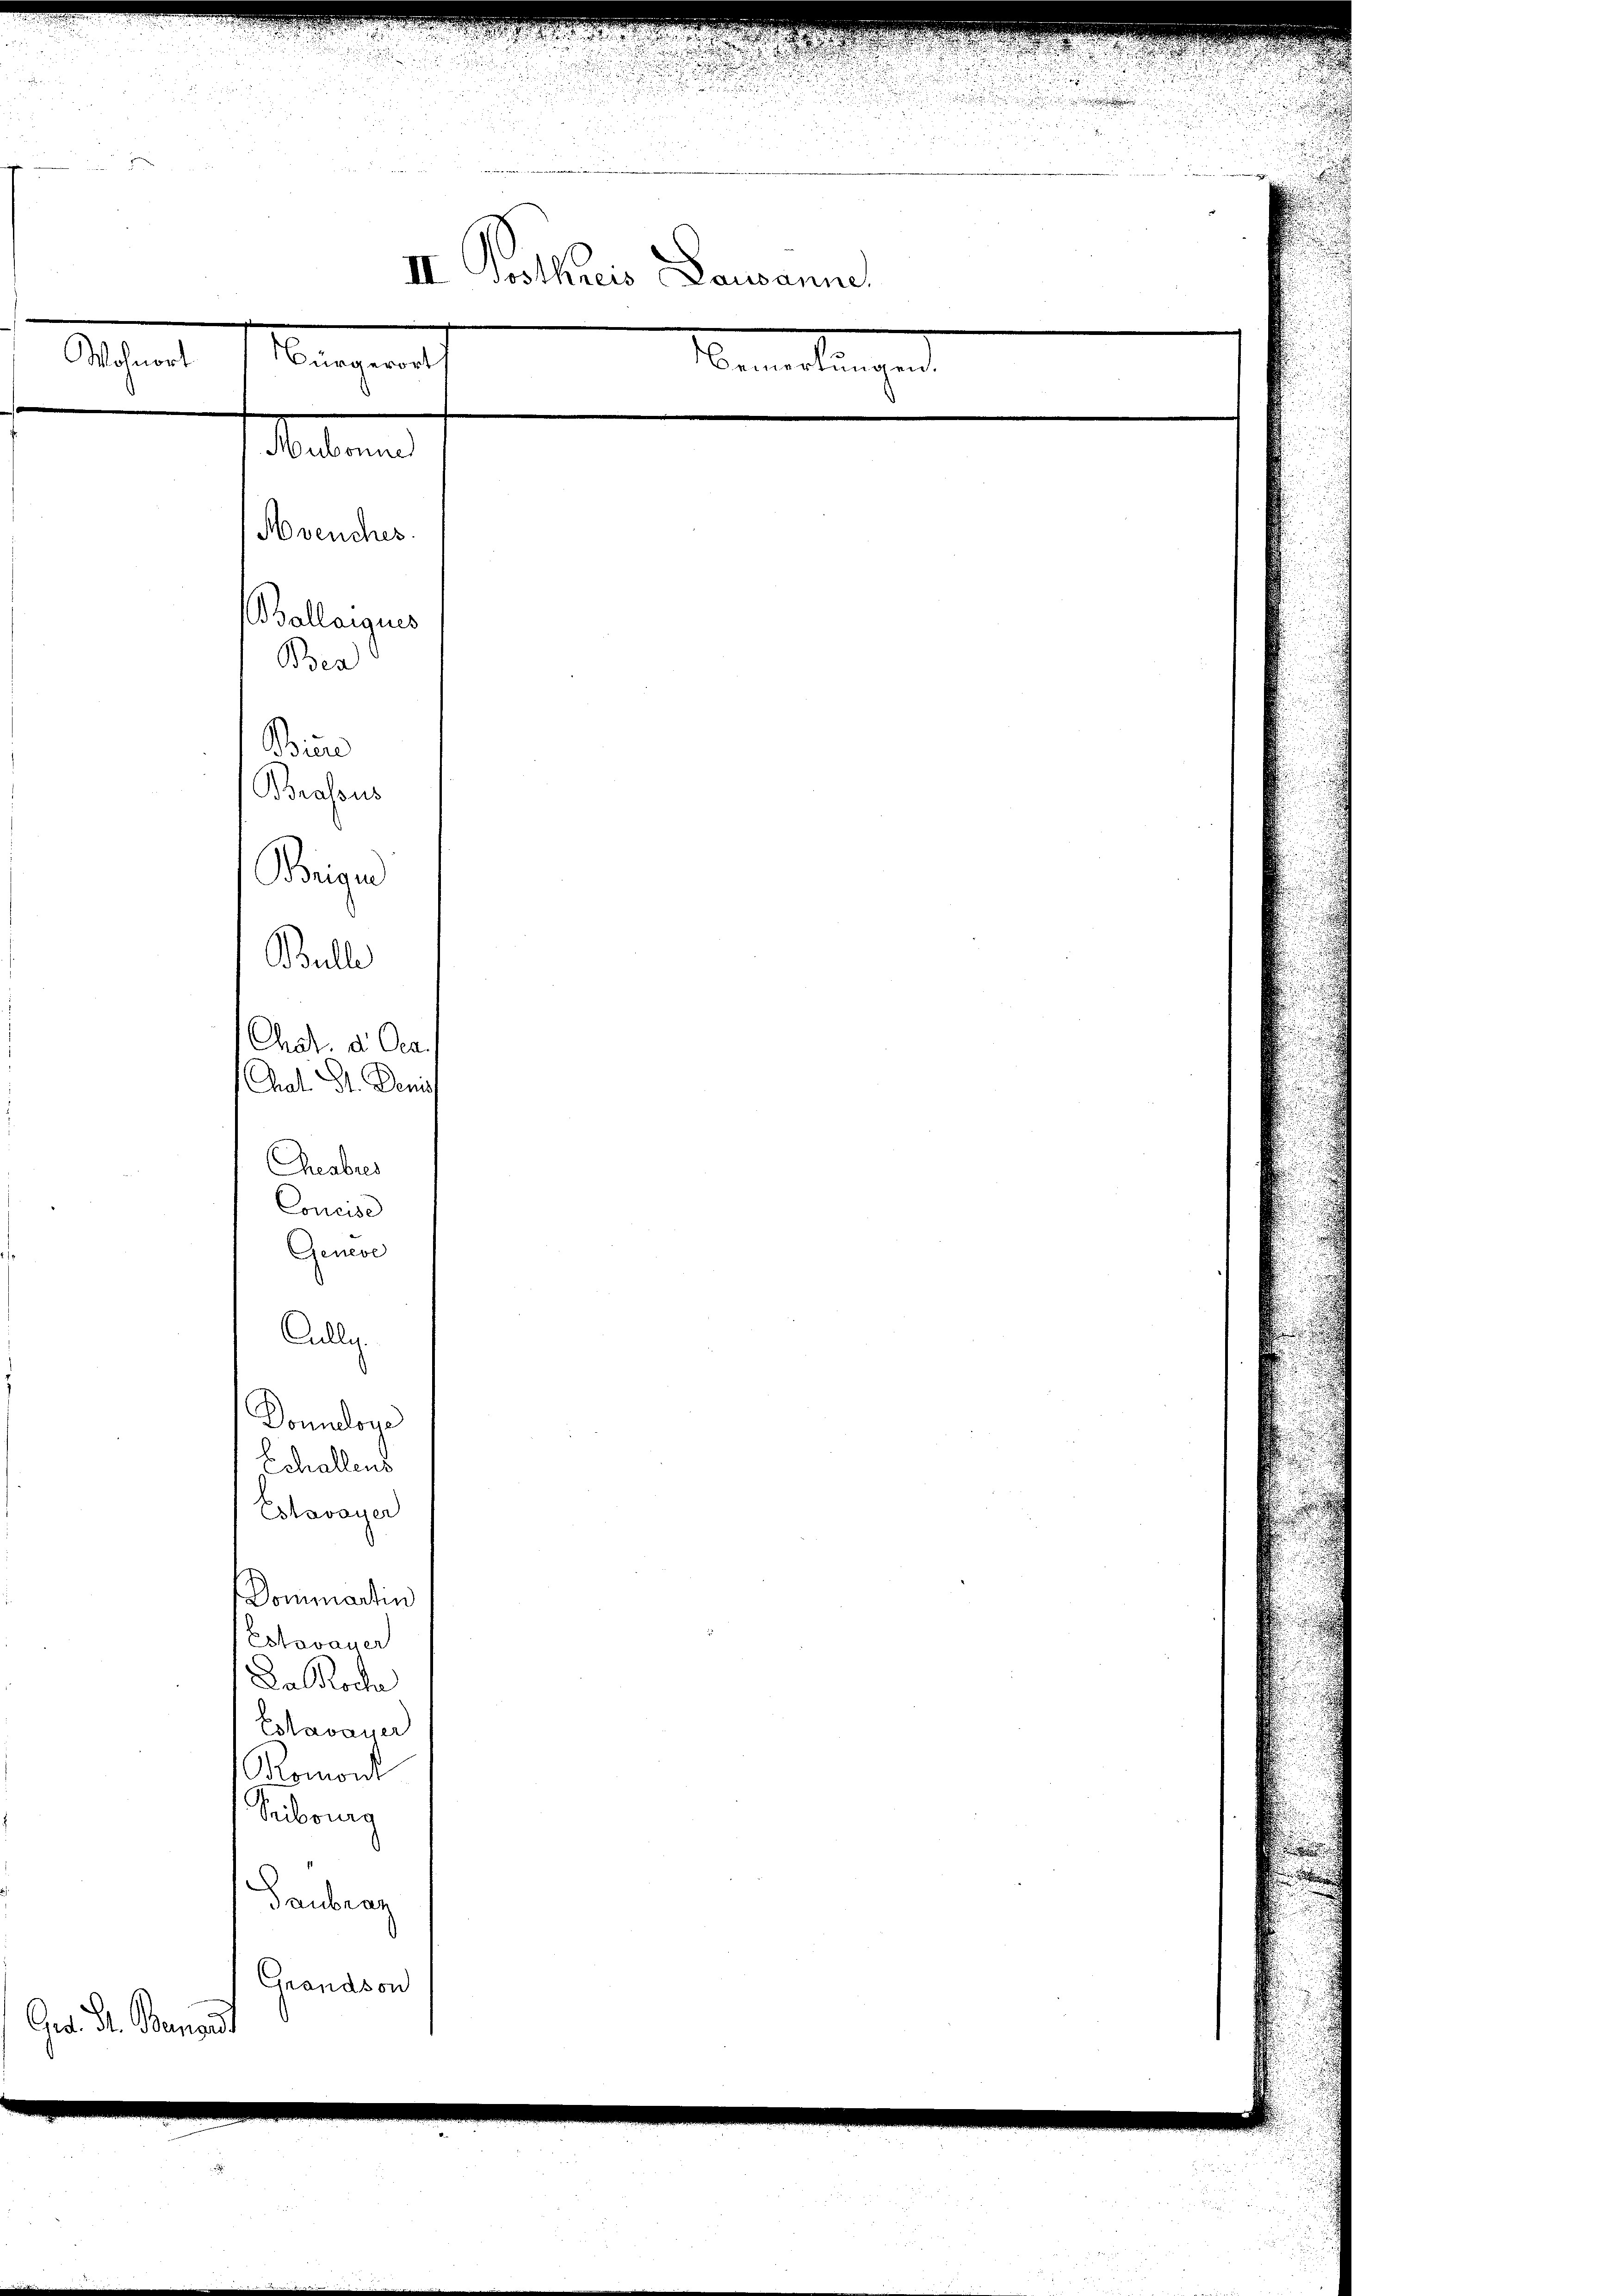
d
II Botkreis Lausanne.
Wohnort
Bürgerort
Bemerkungen.
Maltenen

Avenches.
Brassus
Beigen
Bulle
Chat. d Oca.
Chat Dr. Den

Bollanguis
Bea
Bien

Reabres

d
e
u

Concise
Geneve
Cullg.
Donneloge
Echallens
Estavayer
Dominartin
Estavayer
Da Roche
Estavayer
Romont
Pribourg
Gaubran
Grandson
Ged. Dr. Benad